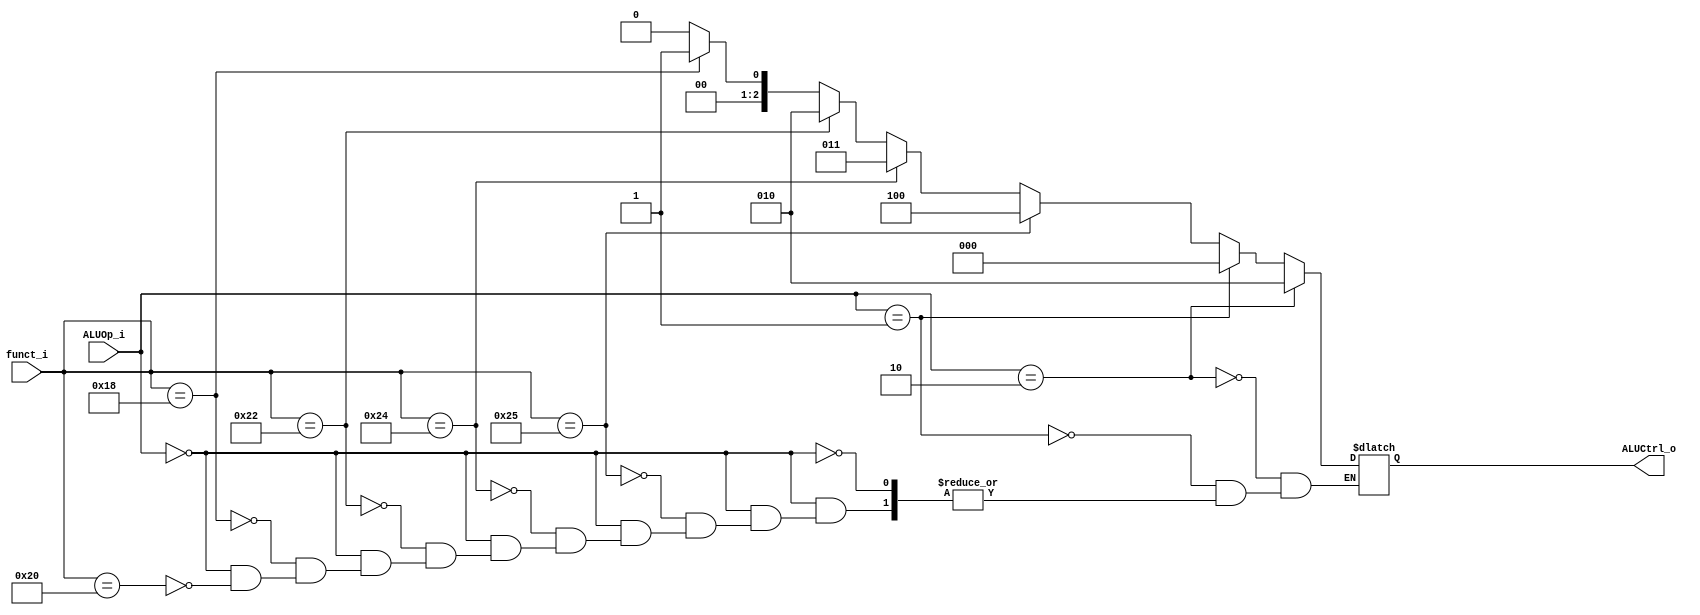
module ALU_Control(
    funct_i,
    ALUOp_i,
    ALUCtrl_o
);
input	[5:0]	funct_i;
input	[1:0]	ALUOp_i;
output	reg [2:0]	ALUCtrl_o;

always @(*) begin
	if (ALUOp_i == 2'b00) begin	//R-type
		if (funct_i == 6'b100000) begin	// add
			ALUCtrl_o = 3'b000;	//add
		end
		if (funct_i == 6'b011000) begin	// mult
			ALUCtrl_o = 3'b001;	//mult
		end
		if (funct_i == 6'b100010) begin	// sub
			ALUCtrl_o = 3'b010;	//sub
		end
		if (funct_i == 6'b100100) begin	// and
			ALUCtrl_o = 3'b011;	//and
		end
		if (funct_i == 6'b100101) begin	// or
			ALUCtrl_o = 3'b100;	//or
		end
	end
	if (ALUOp_i == 2'b01) begin	//addi, lw, sw
		ALUCtrl_o = 3'b000;	// add
	end
	if (ALUOp_i == 2'b10) begin	//beq
		ALUCtrl_o = 3'b010;	// sub
	end
end

endmodule